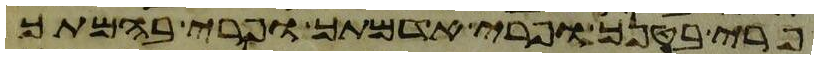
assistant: פרי בטנך ופרי אדמתך ופרי בהמתך